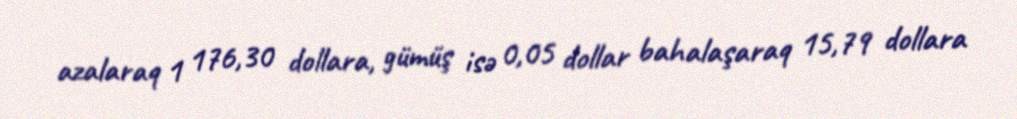
azalaraq 1 176,30 dollara, gümüş isə 0,05 dollar bahalaşaraq 15,79 dollara